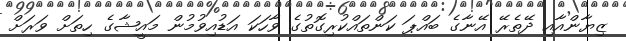
ޒިޔާންއާއި ދޭތެރޭ އޭނާގެ ބައްޕަ ކަންތައްކުރިގޮތުގެ ވާހަކަ އަޑުއިވުމުން މައީޝާގެ ހިތަށް ވަރަށް